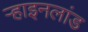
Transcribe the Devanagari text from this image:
ऱ्हाइनलांड